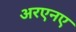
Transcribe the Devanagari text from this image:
अरएनए